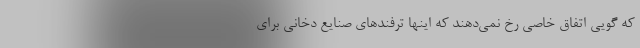
که گویی اتفاق خاصی رخ نمی‌دهند که اینها ترفندهای صنایع دخانی برای